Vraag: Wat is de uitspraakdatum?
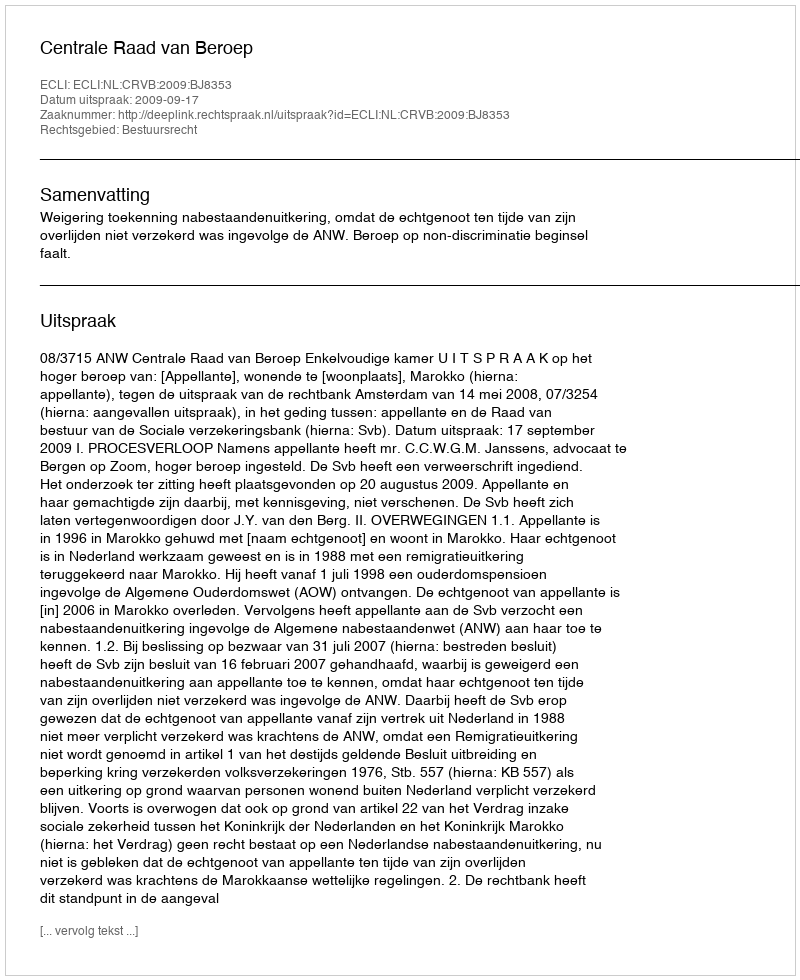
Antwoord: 2009-09-17